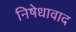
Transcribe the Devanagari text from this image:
निषेधावाद